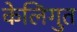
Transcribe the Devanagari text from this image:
केलिंगुत